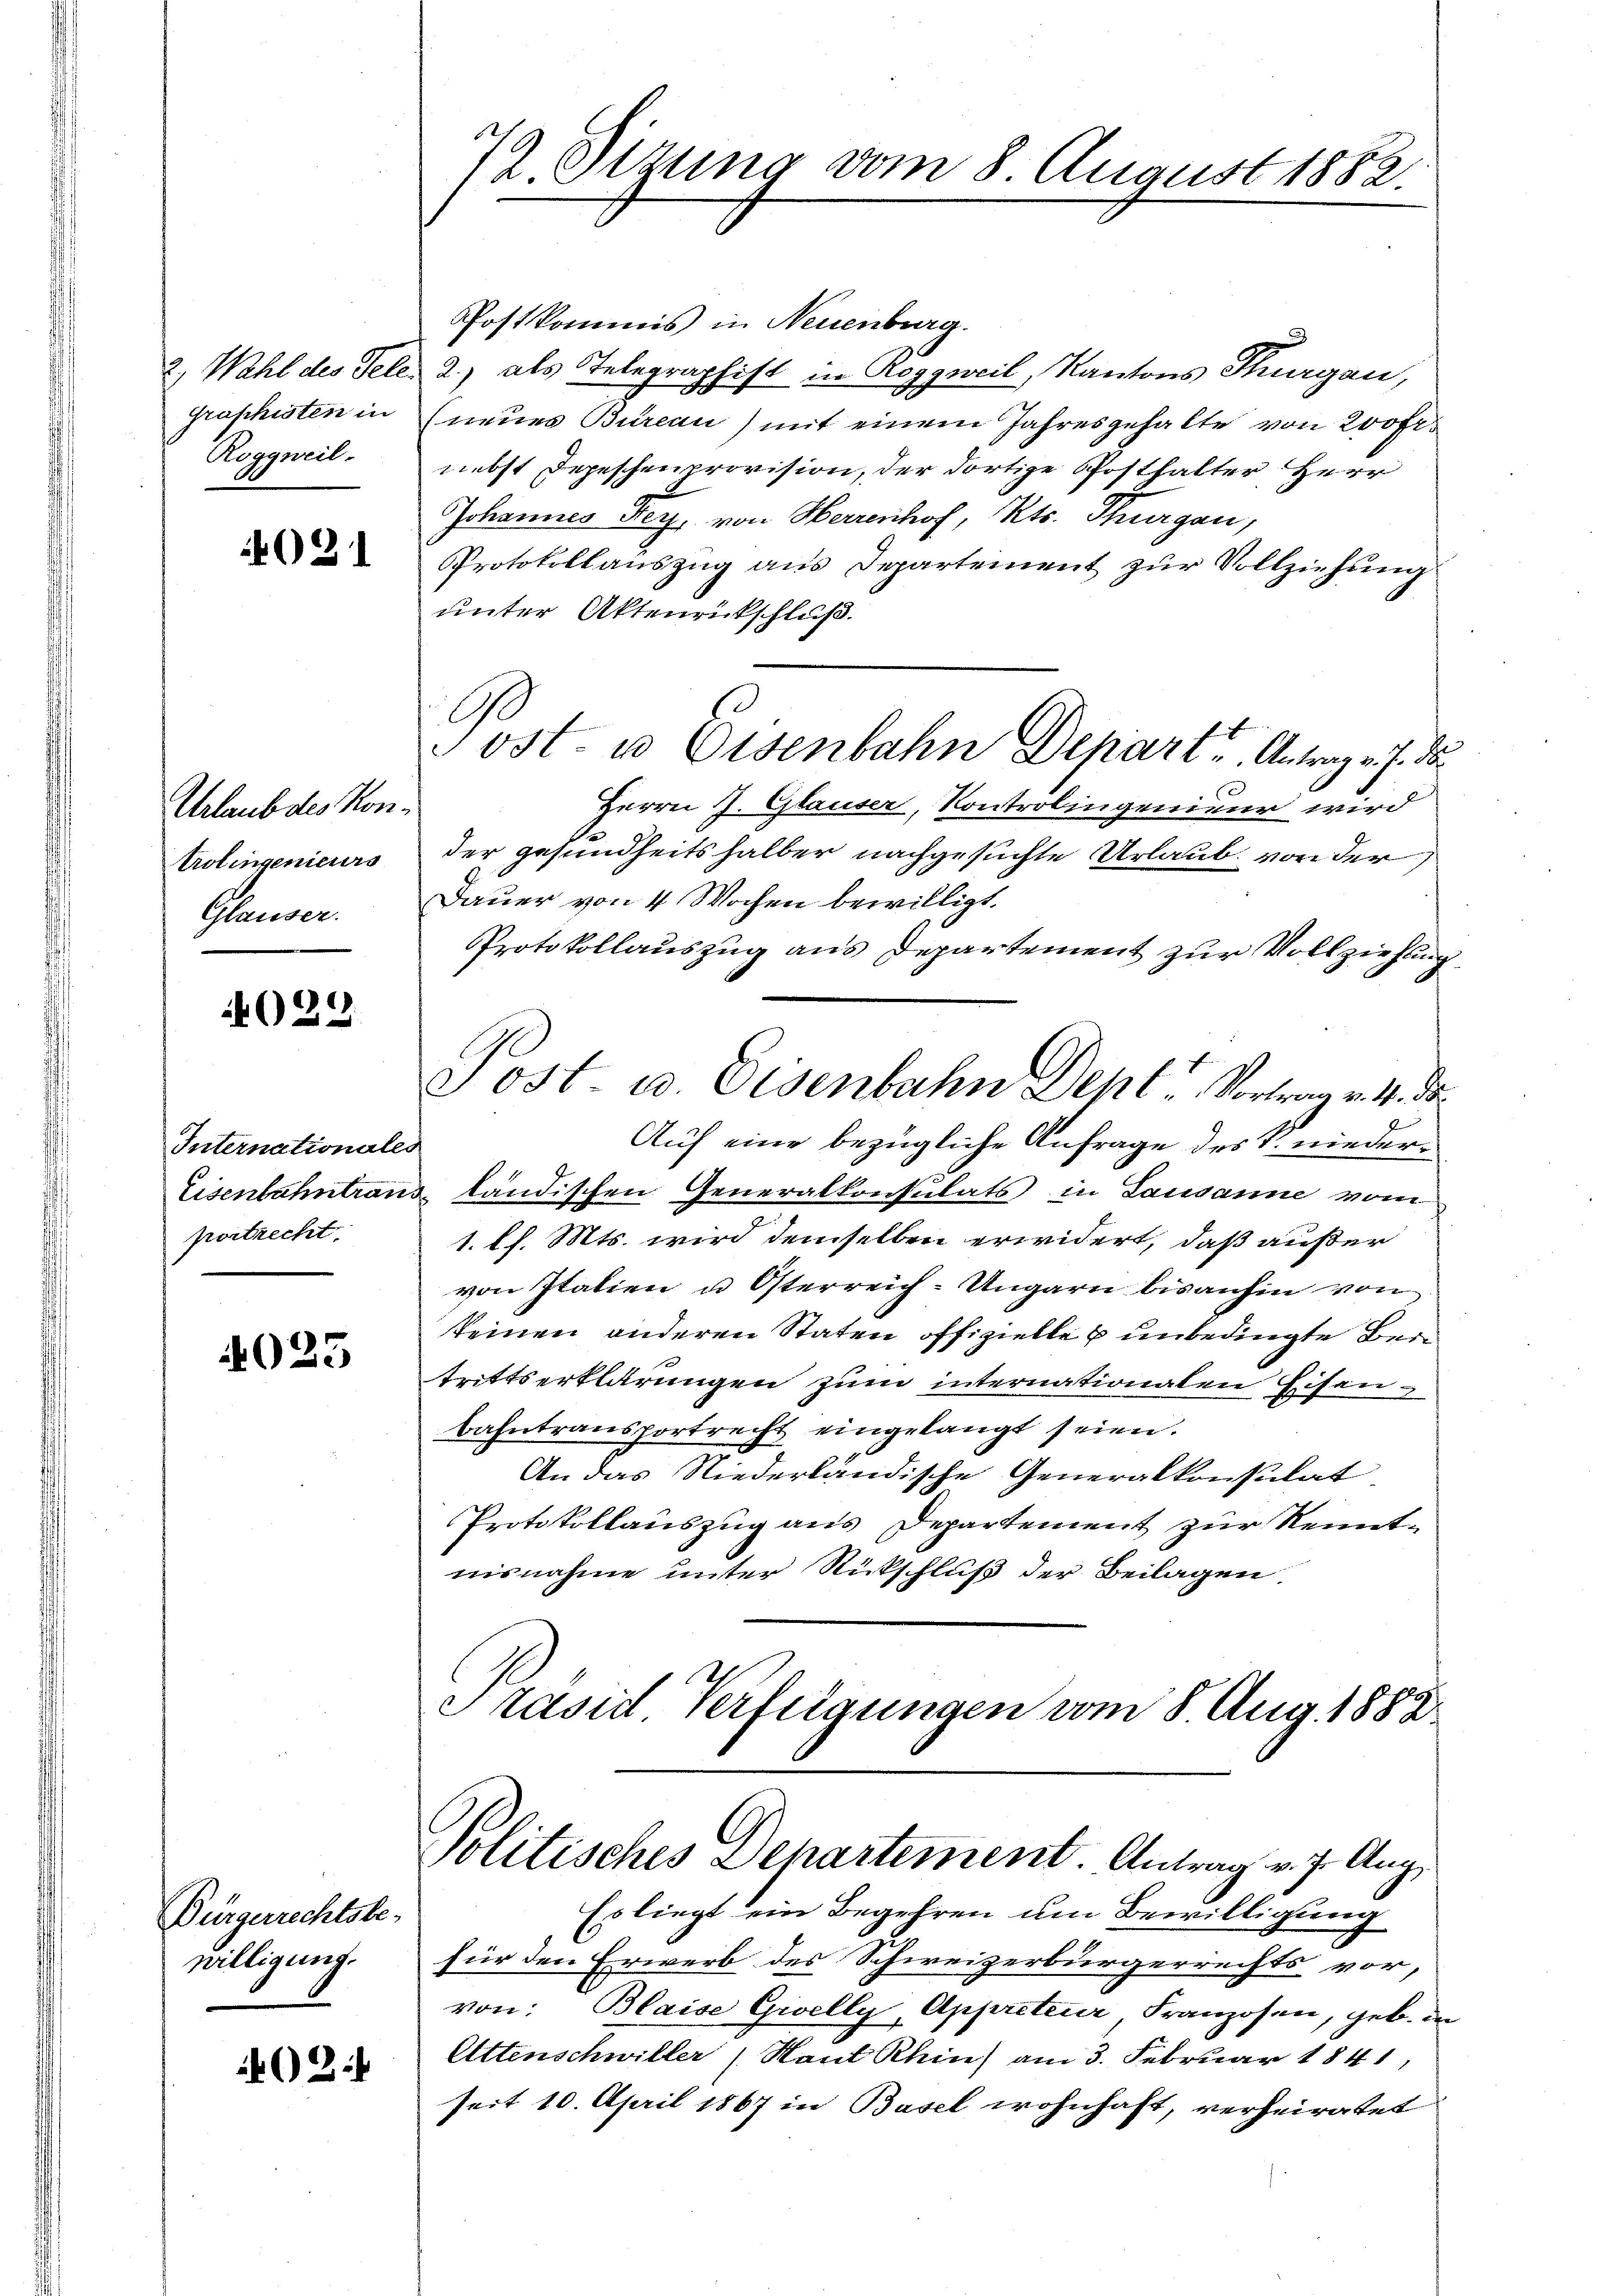
graphisten in
Roggweil.

4021

Urlaub des Kontrolingenieurs
Glauser.

029

Internationales
postrecht.

023

Bürgerrechtsbewilligung.

2

72. Sizung vom 8. August 1882.

G

ost- u Eisenbahn Depart u. Antrag v. J. d

Postkommis in Neuenburg.
2., Wahl des Tele. 2) als Telegraphist in Roggweil, Kantons Thurgau,
(neues Bureau) mit einem Jahresgehalte von 200 fr.
nebst Depeschenprovision, der dortige Posthalter Herr
Johannes Herz, von Herrenhof, Kts. Thurgau,
Protokollauszug aus Departement zur Vollziehung
unter Aktenrütschluß.
Herrn J. Glauser, Kontrolingenieur wird
der gesundheitshalber nachgesuchte Urlaub von der
Dauer von 4 Wochen bewilligt.
Protokollauszug aus Departement zur Vollziehung
Post u. Eisenbahn Den Vortrag v. M. da
Auf eine bezügliche Anfrage des V. nieder¬
Eisenbahntrans ländischen Generalkonsulats in Lausanne vom
1. Ch. Mts. wird demselben erwidert, daß außer
von Italien u. Österreich-Ungarn bisanhin von
keinen anderen Staten offizielle & unbedingte Beitrittserklärungen zum internationalen Eisen¬
Bahntransportrecht eingelangt seien.
An das Niederländische Generalkonsulat
Protokollauszug aus Departement zur Kenntnisnahme unter Rückschluß der Beilagen.
Präsid Verfügungen vom 8. Aug. 1882

Politisches Departement. Antrag v. 7. Aug

Es liegt ein Begehren um Bewilligung
für den Erwerb des Schweizerbürgerrechts vor,
von: Blaise Giselly, Appreteur Franzosen, geb. in
Attenschwiller (Haut Rhin) am 3. Februar 1841,
seit 10. April 1867 in Basel wohnhaft, verheiratet